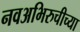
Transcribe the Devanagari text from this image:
नवअभिरुचीच्या